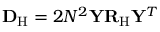
{ \mathbf { D } } _ { \mathrm { H } } = 2 N ^ { 2 } \mathbf { Y } { \mathbf { R } } _ { \mathrm { H } } \mathbf { Y } ^ { T }